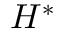
H ^ { * }